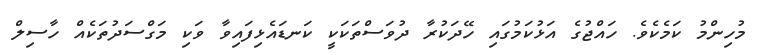
މުހިންމު ކަމެކެވެ. ހައްޖުގެ އަޅުކަމުގައި ހޭދަކުރާ ދުވަސްތަކަކީ ކަނޑައެޅިފައިވާ ވަކި މަގްސަދުތަކެއް ހާސިލް